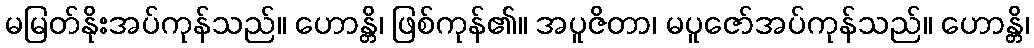
မမြတ်နိုးအပ်ကုန်သည်။ ဟောန္တိ၊ ဖြစ်ကုန်၏။ အပူဇိတာ၊ မပူဇော်အပ်ကုန်သည်။ ဟောန္တိ၊